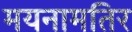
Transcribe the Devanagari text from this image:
मयनामतिर